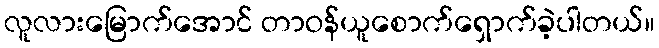
လူလားမြောက်အောင် တာဝန်ယူစောက်ရှောက်ခဲ့ပါတယ်။